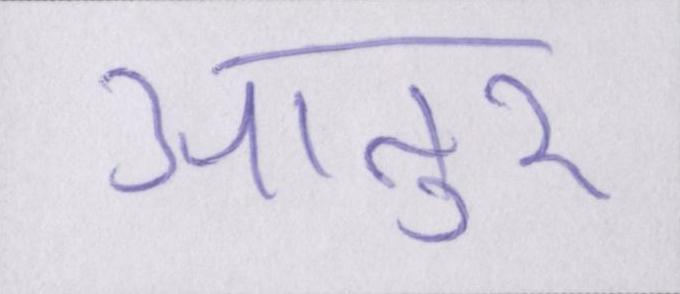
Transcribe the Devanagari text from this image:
आतुर